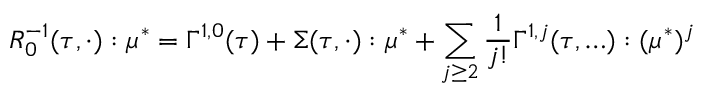
R _ { 0 } ^ { - 1 } ( \tau , \cdot ) : \mu ^ { * } = \Gamma ^ { 1 , 0 } ( \tau ) + \Sigma ( \tau , \cdot ) : \mu ^ { * } + \sum _ { j \geq 2 } \frac { 1 } { j ! } \Gamma ^ { 1 , j } ( \tau , \ldots ) : ( \mu ^ { * } ) ^ { j }